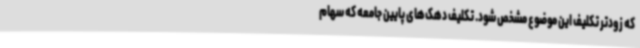
که زودتر تکلیف این موضوع مشخص شود. تکلیف دهک‌های پایین جامعه که سهام